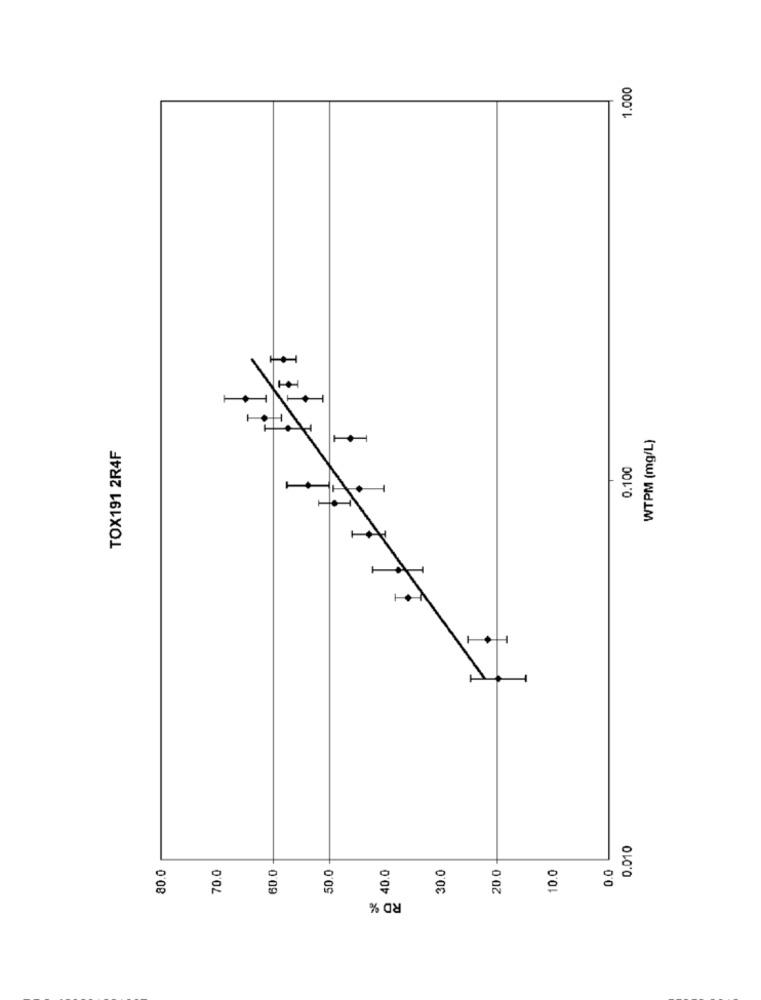
1.000
WTPM (mg/L)
TOX191 2R4F
0.100
0.010
80.0
40.0
30.0
20.0
10.0
0.0
70.0
60.0
50.0
RD %